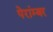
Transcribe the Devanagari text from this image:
पेरांम्बर